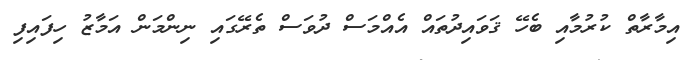
އިމާރާތް ކުރުމާއި ބެހޭ ޤަވައިދުތައް އެއްމަސް ދުވަސް ތެރޭގައި ނިންމަން އަމާޒު ހިފައިފި